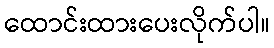
ထောင်းထားပေးလိုက်ပါ။